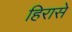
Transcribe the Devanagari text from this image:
हिरासे